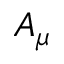
A _ { \mu }